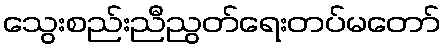
သွေးစည်းညီညွတ်ရေးတပ်မတော်